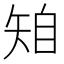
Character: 𥏆